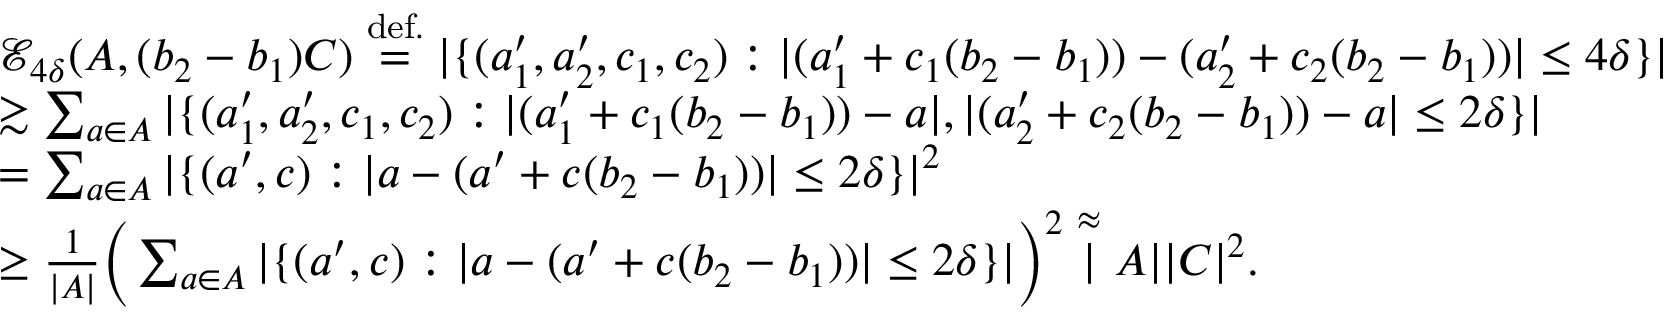
\begin{array} { r l } & { \mathcal { E } _ { 4 \delta } ( A , ( b _ { 2 } - b _ { 1 } ) C ) \stackrel { \mathrm { d e f . } } { = } | \{ ( a _ { 1 } ^ { \prime } , a _ { 2 } ^ { \prime } , c _ { 1 } , c _ { 2 } ) : | ( a _ { 1 } ^ { \prime } + c _ { 1 } ( b _ { 2 } - b _ { 1 } ) ) - ( a _ { 2 } ^ { \prime } + c _ { 2 } ( b _ { 2 } - b _ { 1 } ) ) | \leq 4 \delta \} | } \\ & { \gtrsim \sum _ { a \in A } | \{ ( a _ { 1 } ^ { \prime } , a _ { 2 } ^ { \prime } , c _ { 1 } , c _ { 2 } ) : | ( a _ { 1 } ^ { \prime } + c _ { 1 } ( b _ { 2 } - b _ { 1 } ) ) - a | , | ( a _ { 2 } ^ { \prime } + c _ { 2 } ( b _ { 2 } - b _ { 1 } ) ) - a | \leq 2 \delta \} | } \\ & { = \sum _ { a \in A } | \{ ( a ^ { \prime } , c ) : | a - ( a ^ { \prime } + c ( b _ { 2 } - b _ { 1 } ) ) | \leq 2 \delta \} | ^ { 2 } } \\ & { \geq \frac { 1 } { | A | } \Big ( \sum _ { a \in A } | \{ ( a ^ { \prime } , c ) : | a - ( a ^ { \prime } + c ( b _ { 2 } - b _ { 1 } ) ) | \leq 2 \delta \} | \Big ) ^ { 2 } \stackrel { \approx } | A | | C | ^ { 2 } . } \end{array}